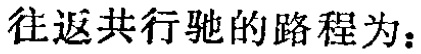
往返共行驶的路程为：